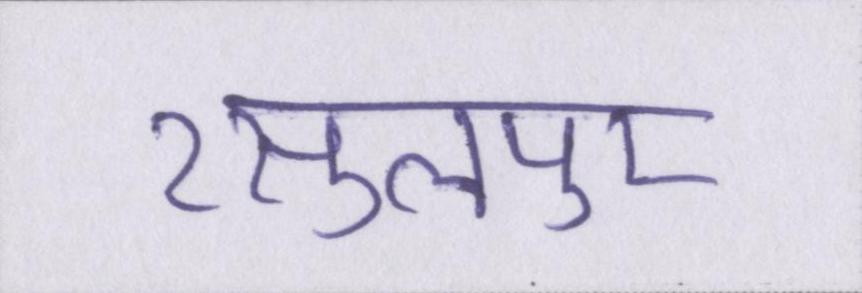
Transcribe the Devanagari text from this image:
रसुलपुर